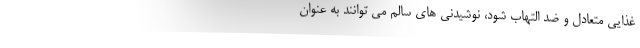
غذایی متعادل و ضد التهاب شود، نوشیدنی های سالم می توانند به عنوان